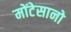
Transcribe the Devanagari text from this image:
मोंटेसानो